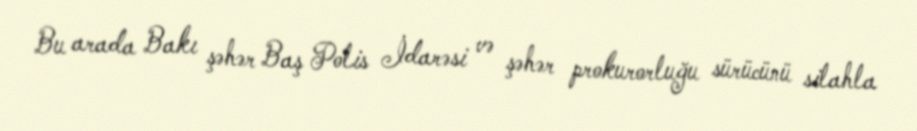
Bu arada Bakı şəhər Baş Polis İdarəsi və şəhər prokurorluğu sürücünü silahla